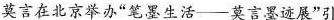
莫言在北京举办”笔墨生活——莫言墨迹展”引